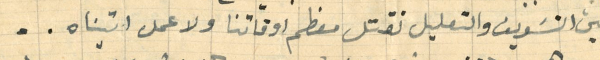
بين التسَويف والتعليل نقتل معظم اوقاتنا ولا عمل اتيناه..